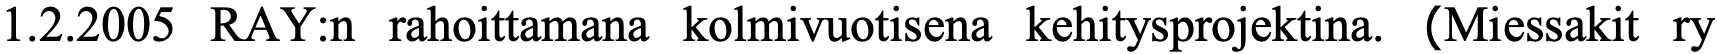
1.2.2005 RAY:n rahoittamana kolmivuotisena kehitysprojektina. (Miessakit ry